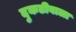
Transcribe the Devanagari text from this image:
दुकडीबाला